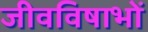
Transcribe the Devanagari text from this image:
जीवविषाभों